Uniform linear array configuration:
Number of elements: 32
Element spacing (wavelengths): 1
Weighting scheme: blackman
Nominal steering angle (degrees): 60
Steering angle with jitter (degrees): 58.604
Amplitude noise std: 0.05
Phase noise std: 0.05

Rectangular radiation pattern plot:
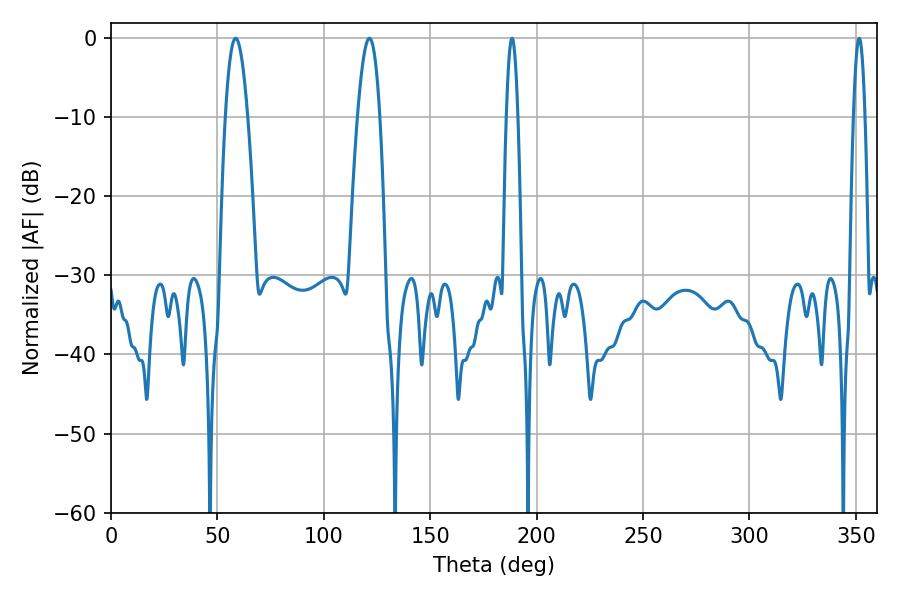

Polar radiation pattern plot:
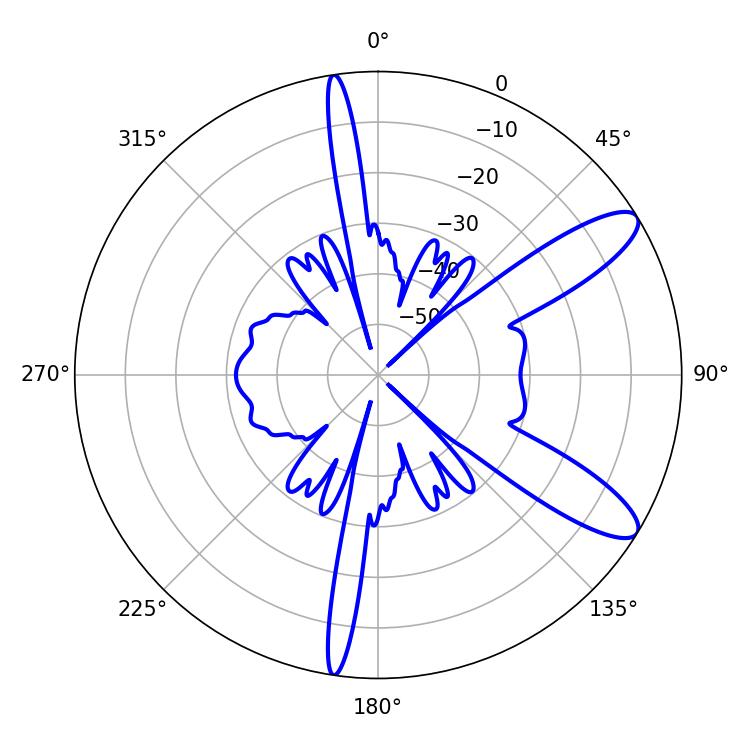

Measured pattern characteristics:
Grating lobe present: TRUE
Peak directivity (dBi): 10.726
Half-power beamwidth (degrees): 2.88
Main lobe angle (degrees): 351.54